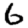
Digit: 6